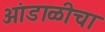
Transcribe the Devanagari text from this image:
आंडाळीचा